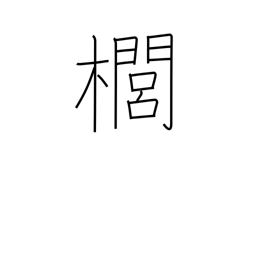
Meaning: kind of quince